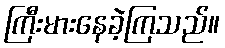
ကြီးမားနေခဲ့ကြသည်။